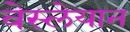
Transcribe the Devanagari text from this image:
वेस्लेयान